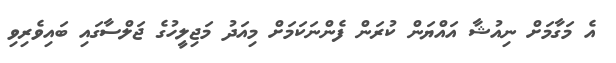
އެ މަގާމަށް ނިއުޝާ އައްޔަން ކުރަން ފެންނަކަމަށް މިއަދު މަޖިލީހުގެ ޖަލްސާގައި ބައިވެރިވި